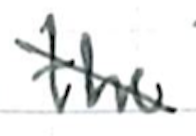
Text: the
Cross-out: diagonal
Writing tool: ballpoint